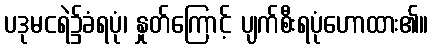
ပဒုမငရဲ၌ခံရပုံ၊ နှုတ်ကြောင့် ပျက်စီးရပုံဟောထား၏။